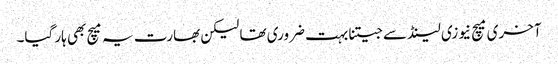
آخری میچ نیوزی لینڈ سے جیتنا بہت ضروری تھا لیکن بھارت یہ میچ بھی ہار گیا۔